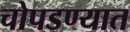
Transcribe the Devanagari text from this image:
चोपडण्यात